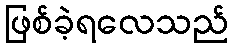
ဖြစ်ခဲ့ရလေသည်